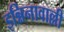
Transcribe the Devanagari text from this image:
इन्निनावाल्ली